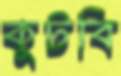
কুটবি